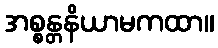
အစ္စန္တနိယာမကထာ။